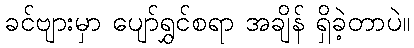
ခင်ဗျားမှာ ပျော်ရွှင်စရာ အချိန် ရှိခဲ့တာပဲ။